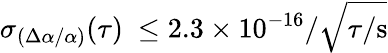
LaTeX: \sigma_{(\Delta\alpha/\alpha)}(\tau)~\le 2.3\times 10^{-16}/\sqrt{\tau/\mathrm{s}}